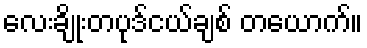
လေးချိုးတပုဒ်ငယ်ချစ် တယောက်။